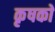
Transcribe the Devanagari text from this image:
कृषकाें